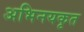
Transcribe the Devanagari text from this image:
अभिनयकृत